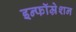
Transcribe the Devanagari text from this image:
इन्फॉम्रेशन